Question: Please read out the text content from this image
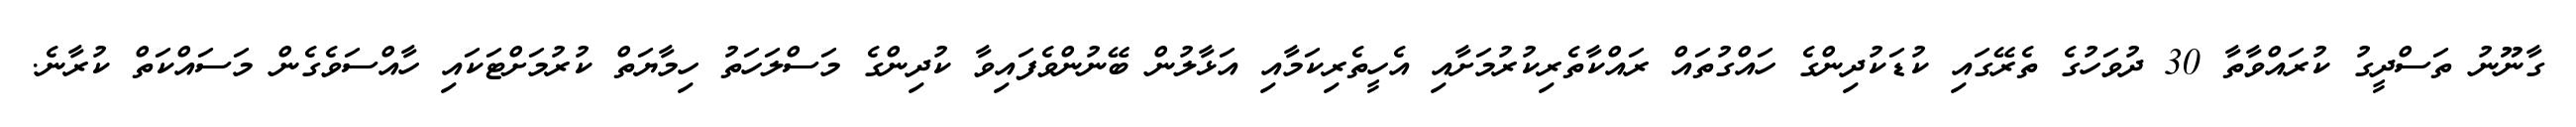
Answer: ގާނޫނު ތަސްދީގު ކުރައްވާތާ 30 ދުވަހުގެ ތެރޭގައި ކުޑަކުދިންގެ ހައްގުތައް ރައްކާތެރިކުރުމަށާއި އެހީތެރިކަމާއި އަޅާލުން ބޭނުންވެފައިވާ ކުދިންގެ މަސްލަހަތު ހިމާޔަތް ކުރުމަށްޓަކައި ހާއްސަވެގެން މަސައްކަތް ކުރާނެ.